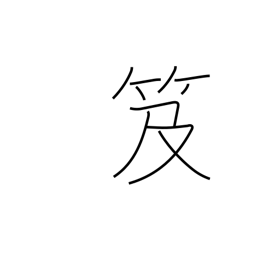
Meaning: backpack bookcase